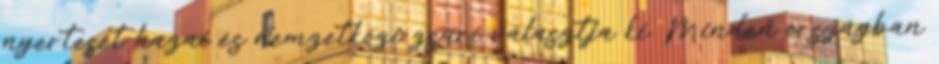
nyertesét hazai és nemzetközi zsűri választja ki. Minden országban